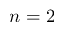
n = 2